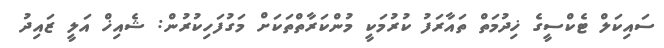
ސައިކަލް ޓެކްސީގެ ޚިދުމަތް ތައާރަފު ކުރުމަކީ މުންކަރާތްތަކަށް މަގުފަހިކުރުން: ޝެއިޚް އަލީ ޒައިދު